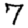
Digit: 7